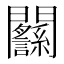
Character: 𨷸